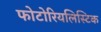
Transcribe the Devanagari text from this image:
फोटोरियलिस्टिक